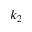
k _ { 2 }